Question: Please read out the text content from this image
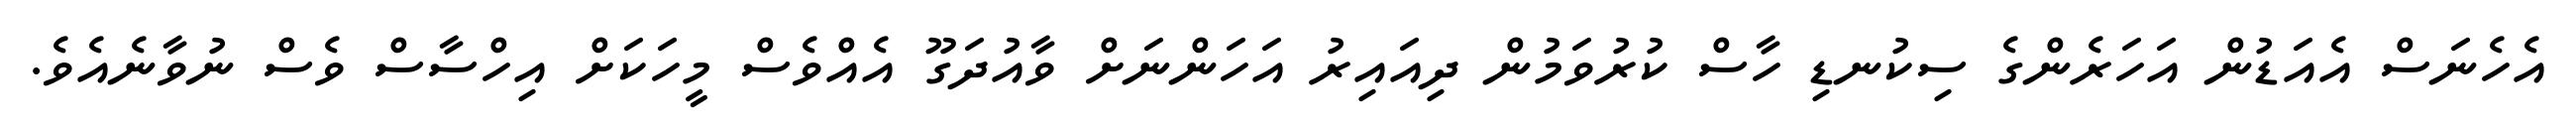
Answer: އެހެނަސް އެއަޑުން އަހަރެންގެ ސިކުނޑި ހާސް ކުރުވަމުން ދިއައިރު އަހަންނަށް ވާއުދަގޫ އެއްވެސް މީހަކަށް އިހްސާސް ވެސް ނުވާނެއެވެ.